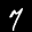
Label: 7